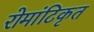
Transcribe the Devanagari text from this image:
रोमांटिकृत